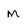
Character: m